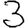
Digit: 3